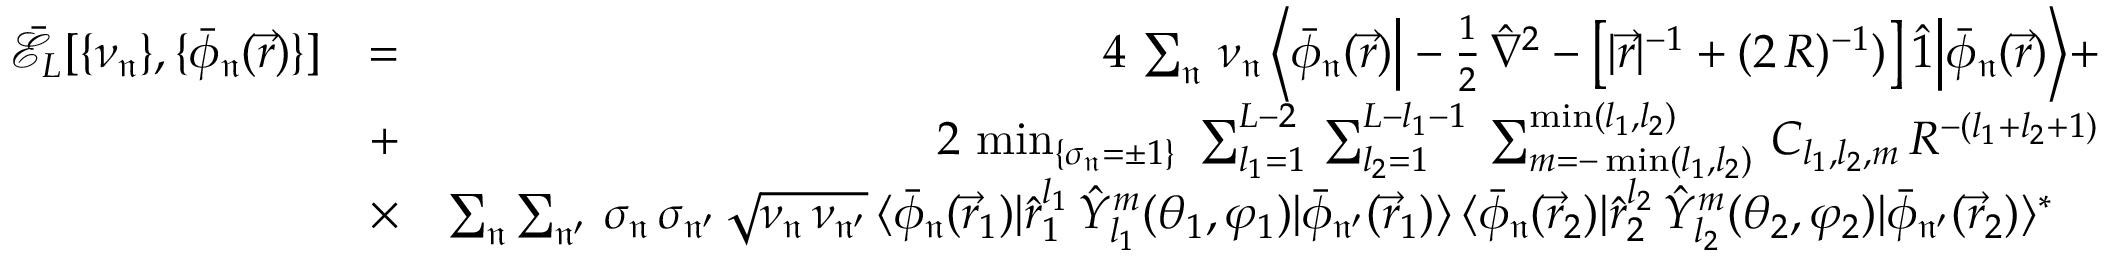
\begin{array} { r l r } { \mathcal { \bar { E } } _ { L } [ \{ \nu _ { \mathfrak { n } } \} , \{ \bar { \phi } _ { \mathfrak { n } } ( \vec { r } ) \} ] } & { = } & { 4 \, \sum _ { \mathfrak { n } } \, \nu _ { \mathfrak { n } } \, \Big \langle \bar { \phi } _ { \mathfrak { n } } ( \vec { r } ) \Big | - \frac { 1 } { 2 } \, \hat { \nabla } ^ { 2 } - \big [ | \vec { r } | ^ { - 1 } + ( 2 \, R ) ^ { - 1 } ) \big ] \, \hat { 1 } \Big | \bar { \phi } _ { \mathfrak { n } } ( \vec { r } ) \Big \rangle + } \\ & { + } & { \, 2 \, \operatorname* { m i n } _ { \{ \sigma _ { \mathfrak { n } } = \pm 1 \} } \; \sum _ { l _ { 1 } = 1 } ^ { L - 2 } \, \sum _ { l _ { 2 } = 1 } ^ { L - l _ { 1 } - 1 } \; \sum _ { m = - \operatorname* { m i n } ( l _ { 1 } , l _ { 2 } ) } ^ { \operatorname* { m i n } ( l _ { 1 } , l _ { 2 } ) } \, C _ { l _ { 1 } , l _ { 2 } , m } \, R ^ { - ( l _ { 1 } + l _ { 2 } + 1 ) } } \\ & { \times } & { \sum _ { \mathfrak { n } } \sum _ { \mathfrak { n ^ { \prime } } } \, \sigma _ { \mathfrak { n } } \, \sigma _ { \mathfrak { n ^ { \prime } } } \, \sqrt { \nu _ { \mathfrak { n } } \, \nu _ { \mathfrak { n ^ { \prime } } } } \, \langle \bar { \phi } _ { \mathfrak { n } } ( \vec { r } _ { 1 } ) | \hat { r } _ { 1 } ^ { l _ { 1 } } \, \hat { Y } _ { l _ { 1 } } ^ { m } ( \theta _ { 1 } , \varphi _ { 1 } ) | \bar { \phi } _ { \mathfrak { n ^ { \prime } } } ( \vec { r } _ { 1 } ) \rangle \, \langle \bar { \phi } _ { \mathfrak { n } } ( \vec { r } _ { 2 } ) | \hat { r } _ { 2 } ^ { l _ { 2 } } \, \hat { Y } _ { l _ { 2 } } ^ { m } ( \theta _ { 2 } , \varphi _ { 2 } ) | \bar { \phi } _ { \mathfrak { n ^ { \prime } } } ( \vec { r } _ { 2 } ) \rangle ^ { * } \quad } \end{array}